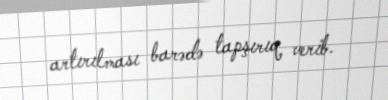
artırılması barədə tapşırıq verib.